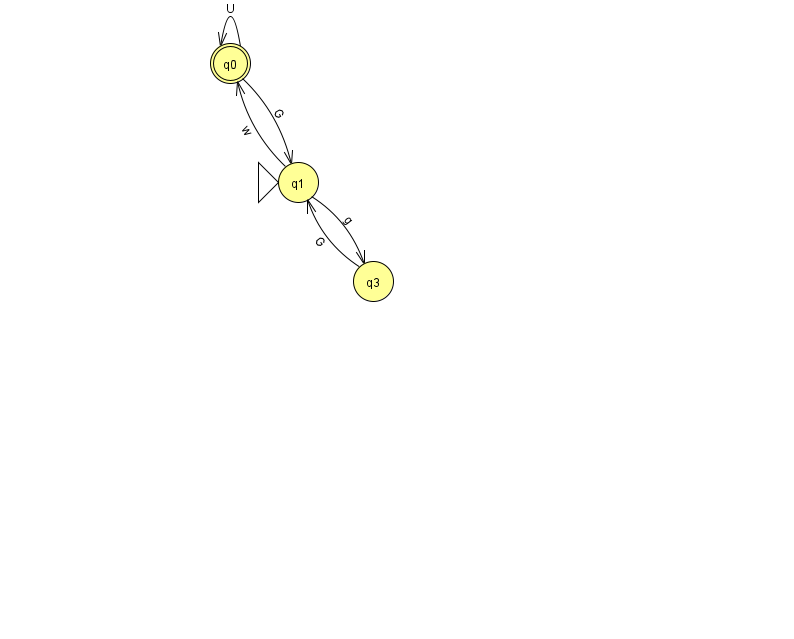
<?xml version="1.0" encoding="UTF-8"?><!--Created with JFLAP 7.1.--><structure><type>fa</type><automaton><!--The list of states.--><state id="0" name="q0"><x>230.0</x><y>50.0</y><final/></state><state id="1" name="q1"><x>298.0</x><y>169.0</y><initial/></state><state id="3" name="q3"><x>373.0</x><y>268.0</y></state><!--The list of transitions.--><transition><from>0</from><to>0</to><read>U</read></transition><transition><from>0</from><to>1</to><read>G</read></transition><transition><from>1</from><to>0</to><read>w</read></transition><transition><from>1</from><to>3</to><read>g</read></transition><transition><from>3</from><to>1</to><read>G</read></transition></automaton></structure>